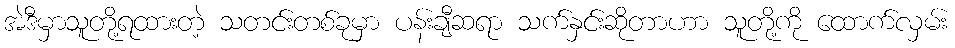
အဲဒီမှာသူတို့ရထားတဲ့ သတင်းတစ်ခုမှာ ပန်းချီဆရာ သက်နှင်းဆိုတာဟာ သူတို့ကို ထောက်လှမ်း